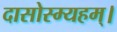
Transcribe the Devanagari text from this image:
दासोस्म्यहम्।